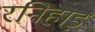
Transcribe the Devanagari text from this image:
रनिहाड़